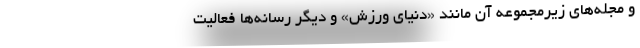
و مجله‌های زیرمجموعه آن مانند «دنیای ورزش» و دیگر رسانه‌ها فعالیت